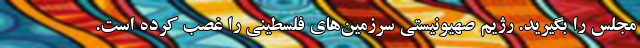
مجلس را بگيريد. رژيم صهيونيستي سرزمين‌هاي فلسطيني را غصب کرده است.